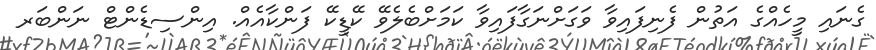
ގެނައި މީހެއްގެ އަތުން ފެނިފައިވާ ވަގަށްނަގާފައިވާ ކަމަށްބެލެވޭ ކޭޑީކޭ ފަންކާއެއް. އިންސިޑެންޓް ނަންބަރ